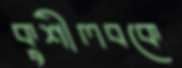
কুশীলবকে